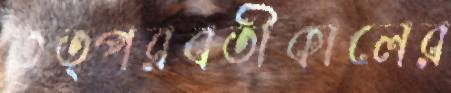
তত্পরবর্তীকালের